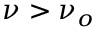
\nu > \nu _ { o }